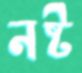
নষ্ট